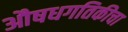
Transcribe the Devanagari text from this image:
औषधगतिकीचा